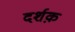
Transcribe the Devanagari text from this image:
दर्शक़